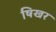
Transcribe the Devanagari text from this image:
षिखर